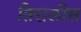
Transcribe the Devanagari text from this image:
तिरालीस